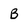
Character: B